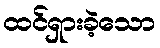
ထင်ရှားခဲ့သော